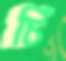
চিঁ